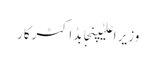
وزیر اعلیٰپنجابڈاکٹرکار